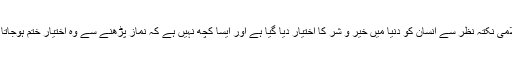
اسلامی نکتہ نظر سے انسان کو دنیا میں خیر و شر کا اختیار دیا گیا ہے اور ایسا کچھ نہیں ہے کہ نماز پڑھنے سے وہ اختیار ختم ہوجاتا ہو۔